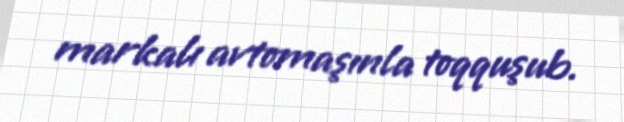
markalı avtomaşınla toqquşub.